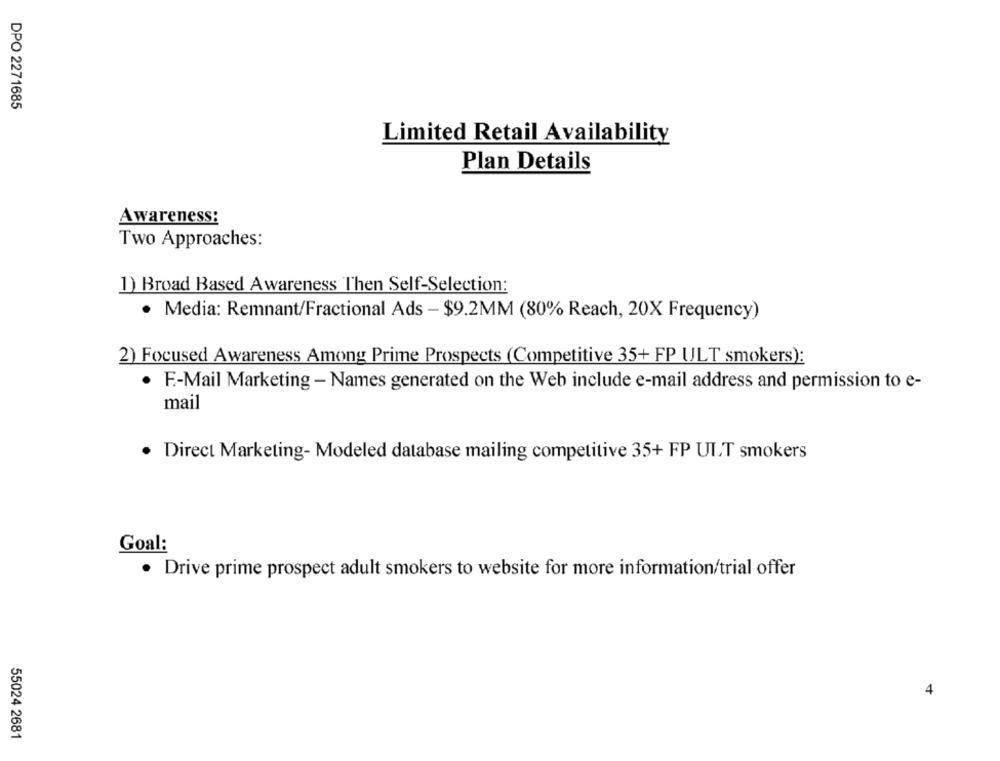
DPO 2271685
Limited Retail Availability
Plan Details
Awareness:
Two Approaches:
1) Broad Based Awareness Then Self-Selection:
· Media: Remnant/Fractional Ads - $9.2MM (80% Reach, 20X Frequency)
2) Focused Awareness Among Prime Prospects (Competitive 35+ FP ULT smokers):
· F .- Mail Marketing - Names generated on the Web include e-mail address and permission to e-
mail
· Direct Marketing- Modeled database mailing competitive 35+ FP UIT smokers
Goal:
· Drive prime prospect adult smokers to website for more information/trial offer
4
55024 2681